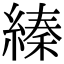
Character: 縥